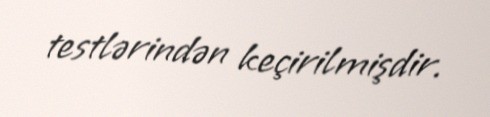
testlərindən keçirilmişdir.